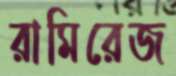
রামিরেজ